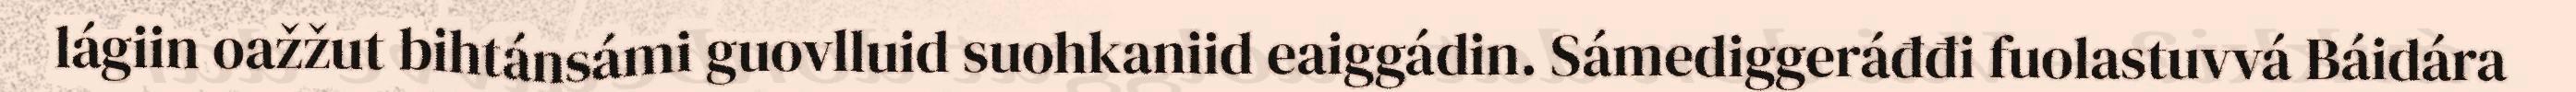
lágiin oažžut bihtánsámi guovlluid suohkaniid eaiggádin. Sámediggeráđđi fuolastuvvá Báidára